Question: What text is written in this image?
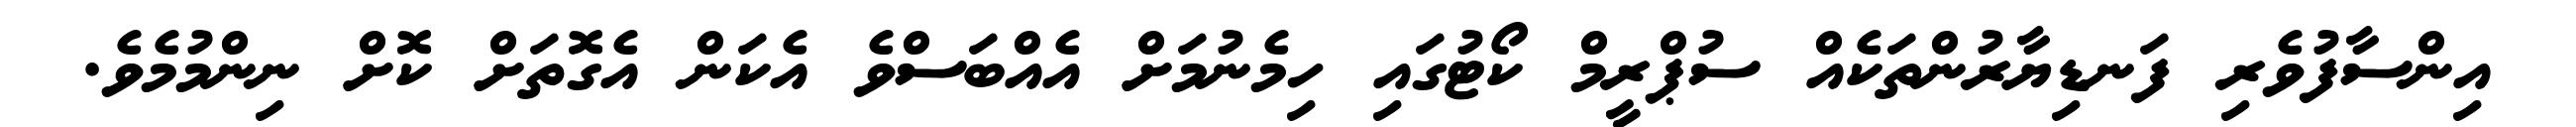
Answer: އިންސާފުވެރި ފަނޑިޔާރުންތަކެއް ސުޕްރީމް ކޯޓުގައި ހިމެނުމަށް އެއްބަސްވެ އެކަން އެގޮތަށް ކޮށް ނިންމުމެވެ.